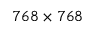
7 6 8 \times 7 6 8